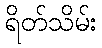
ရိတ်သိမ်း